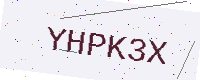
Text: YHPK3X